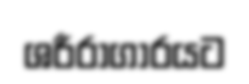
ශරීරාගාරයට